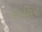
રોયણિયા